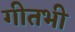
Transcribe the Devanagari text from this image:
गीतभी